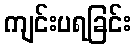
ကျင်းပရခြင်း